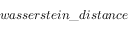
w a s s e r s t e i n \_ d i s t a n c e